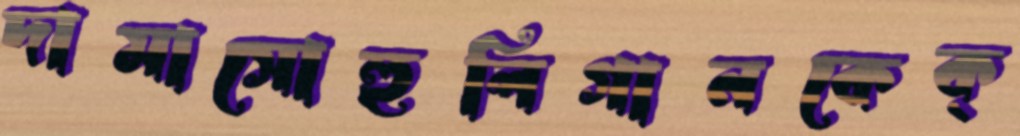
দামাসোহুলিগানকেক্